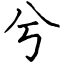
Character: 兮